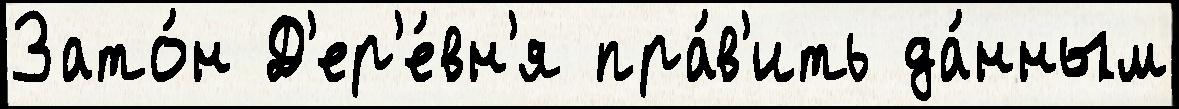
Зато́н Д'ер'е́вн'я пра́в'ить да́нным